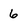
Character: 6